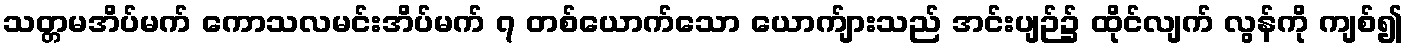
သတ္တမအိပ်မက် ကောသလမင်းအိပ်မက် ၇ တစ်ယောက်သော ယောက်ျားသည် အင်းပျဉ်၌ ထိုင်လျက် လွန်ကို ကျစ်၍